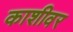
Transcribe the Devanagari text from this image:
काशीवर